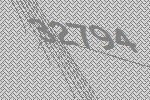
32794